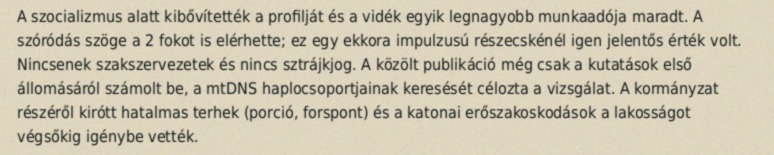
A szocializmus alatt kibővítették a profilját és a vidék egyik legnagyobb munkaadója maradt. A szóródás szöge a 2 fokot is elérhette; ez egy ekkora impulzusú részecskénél igen jelentős érték volt. Nincsenek szakszervezetek és nincs sztrájkjog. A közölt publikáció még csak a kutatások első állomásáról számolt be, a mtDNS haplocsoportjainak keresését célozta a vizsgálat. A kormányzat részéről kirótt hatalmas terhek (porció, forspont) és a katonai erőszakoskodások a lakosságot végsőkig igénybe vették.